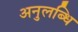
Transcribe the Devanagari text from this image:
अनुलब्धि